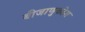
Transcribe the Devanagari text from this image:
बीजाणुकोश